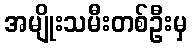
အမျိုးသမီးတစ်ဦးမှ